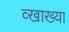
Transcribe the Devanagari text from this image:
व्खाख्या